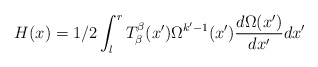
\begin{align*}H(x)=1/2 \int^{r}_{l}T^{\beta}_{\beta}(x')\Omega^{k'-1}(x')\frac{d\Omega(x')}{dx'}dx'\end{align*}